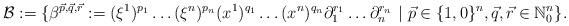
LaTeX: \begin{align*} \mathcal{B}:=\{\beta^{\vec{p},\vec{q},\vec{r}} :=(\xi^1)^{p_1}\ldots(\xi^n)^{p_n}(x^1)^{q_1}\ldots(x^n)^{q_n} \partial_1^{r_1}\ldots\partial_n^{r_n}~|~ \vec{p}\in\{1,0\}^n,\vec{q},\vec{r}\in\mathbb{N}_0^n\}.\end{align*}